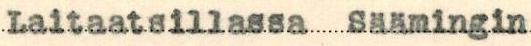
Laitaatsillassa Säämingin